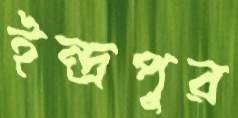
ইন্দ্রপুর